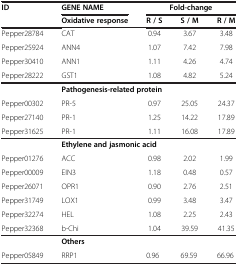
<table><thead><tr><td><b>ID</b></td><td><b>GENE NAME</b></td><td colspan="3"><b>Fold-change</b></td></tr><tr><td><b> </b></td><td><b>Oxidative response</b></td><td><b>R / S</b></td><td><b>S / M</b></td><td><b>R / M</b></td></tr></thead><tbody><tr><td>Pepper28784</td><td>CAT</td><td>0.94</td><td>3.67</td><td>3.48</td></tr><tr><td>Pepper25924</td><td>ANN4</td><td>1.07</td><td>7.42</td><td>7.98</td></tr><tr><td>Pepper30410</td><td>ANN1</td><td>1.11</td><td>4.26</td><td>4.74</td></tr><tr><td>Pepper28222</td><td>GST1</td><td>1.08</td><td>4.82</td><td>5.24</td></tr><tr><td></td><td colspan="4"><b>Pathogenesis-related protein</b></td></tr><tr><td>Pepper00302</td><td>PR-5</td><td>0.97</td><td>25.05</td><td>24.37</td></tr><tr><td>Pepper27140</td><td>PR-1</td><td>1.25</td><td>14.22</td><td>17.89</td></tr><tr><td>Pepper31625</td><td>PR-1</td><td>1.11</td><td>16.08</td><td>17.89</td></tr><tr><td></td><td colspan="4"><b>Ethylene and jasmonic acid</b></td></tr><tr><td>Pepper01276</td><td>ACC</td><td>0.98</td><td>2.02</td><td>1.99</td></tr><tr><td>Pepper00009</td><td>EIN3</td><td>1.18</td><td>0.48</td><td>0.57</td></tr><tr><td>Pepper26071</td><td>OPR1</td><td>0.90</td><td>2.76</td><td>2.51</td></tr><tr><td>Pepper31749</td><td>LOX1</td><td>0.99</td><td>3.48</td><td>3.47</td></tr><tr><td>Pepper32274</td><td>HEL</td><td>1.08</td><td>2.25</td><td>2.43</td></tr><tr><td>Pepper32368</td><td>b-Chi</td><td>1.04</td><td>39.59</td><td>41.35</td></tr><tr><td></td><td colspan="4"><b>Others</b></td></tr><tr><td>Pepper05849</td><td>RRP1</td><td>0.96</td><td>69.59</td><td>66.96</td></tr></tbody></table>